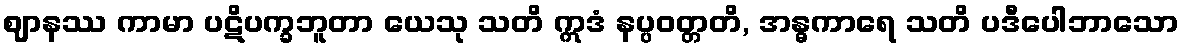
ဈာနဿ ကာမာ ပဋိပက္ခဘူတာ ယေသု သတိ ဣဒံ နပ္ပဝတ္တတိ, အန္ဓကာရေ သတိ ပဒီပေါဘာသော